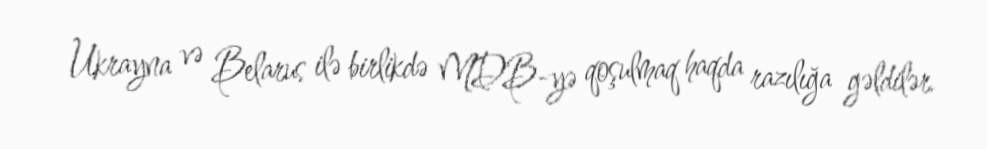
Ukrayna və Belarus ilə birlikdə MDB-yə qoşulmaq haqda razılığa gəldilər.